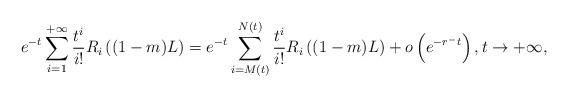
LaTeX: \begin{align*}e^{-t}\sum_{i=1}^{+\infty} \frac{t^i}{i!} R_i\left((1-m)L\right)=e^{-t}\sum_{i=M(t)}^{N(t)} \frac{t^i}{i!}R_i\left((1-m)L\right)+o\left(e^{-r^- t}\right), t \to +\infty,\end{align*}